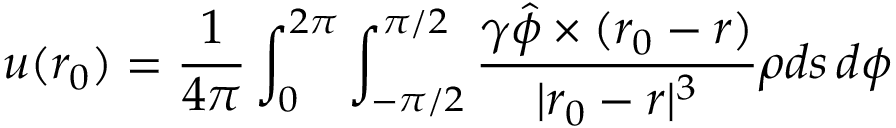
\boldsymbol { u } ( \boldsymbol { r _ { 0 } } ) = \frac { 1 } { 4 \pi } \int _ { 0 } ^ { 2 \pi } \int _ { - \pi / 2 } ^ { \pi / 2 } \frac { \gamma \hat { \phi } \times ( \boldsymbol { r _ { 0 } } - \boldsymbol { r } ) } { | \boldsymbol { r _ { 0 } } - \boldsymbol { r } | ^ { 3 } } \rho d s \, d \phi